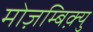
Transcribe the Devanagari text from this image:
मोज़म्बिक़्यु